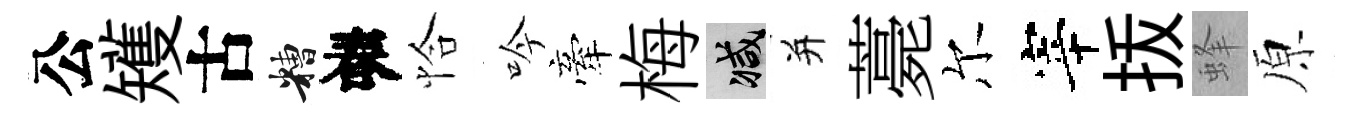
公矱古糟春恰吟牽梅减并薧尔宰㧞蜂原